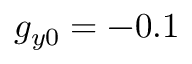
g _ { y 0 } = - 0 . 1